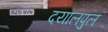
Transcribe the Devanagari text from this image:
दयालपुल